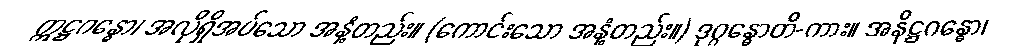
ဣဋ္ဌဂန္ဓော၊ အလိုရှိအပ်သော အနံ့တည်း။ (ကောင်းသော အနံ့တည်း။) ဒုဂ္ဂန္ဓောတိ-ကား။ အနိဋ္ဌဂန္ဓော၊